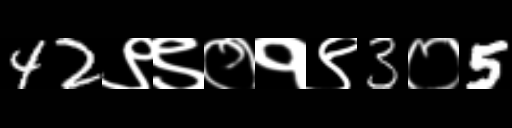
Text: 42९९०१९3०5